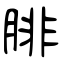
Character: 腓